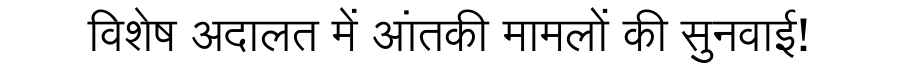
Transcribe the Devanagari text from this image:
विशेष अदालत में आंतकी मामलों की सुनवाई!